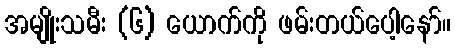
အမျိုးသမီး (၆) ယောက်ကို ဖမ်းတယ်ပေါ့နော်။